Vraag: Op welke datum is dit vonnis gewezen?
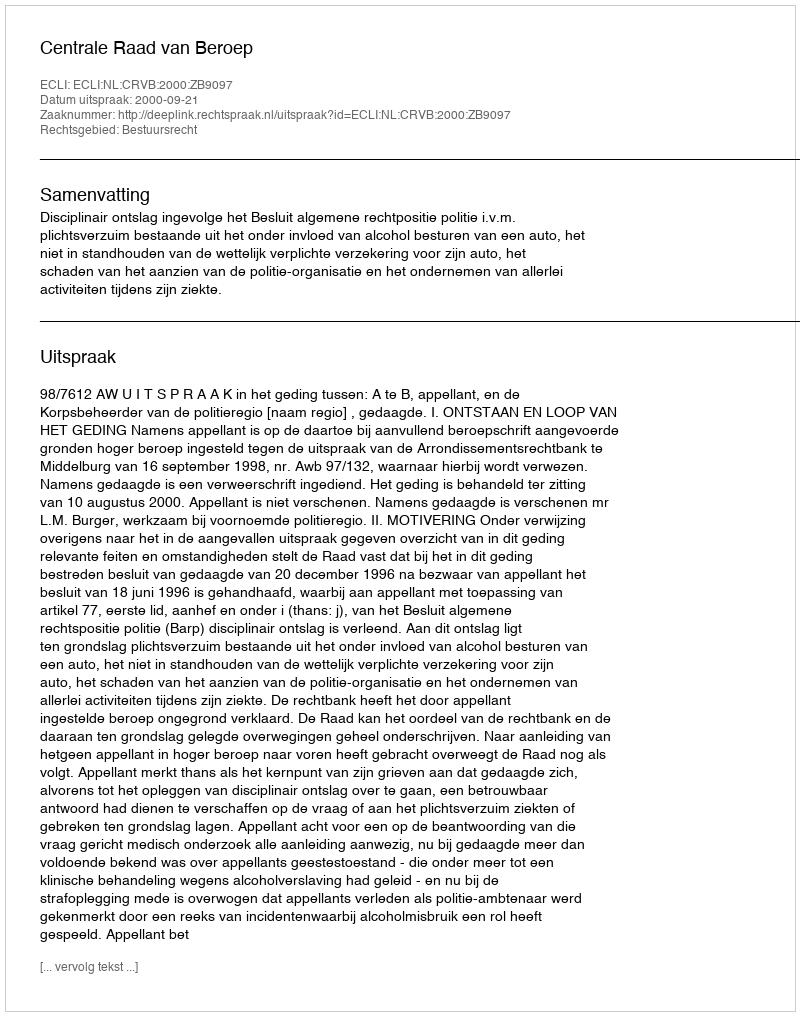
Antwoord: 2000-09-21